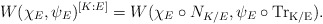
\begin{align*} W(\chi_E,\psi_E)^{[K:E]}=W(\chi_E\circ N_{K/E},\psi_E\circ\rm{Tr}_{K/E}). \end{align*}